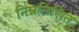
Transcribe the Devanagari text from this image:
निम्नलिखित